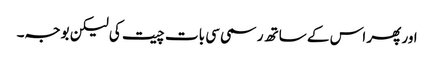
اور پھر اس کے ساتھ رسمی سی بات چیت کی لیکن بوجہ۔